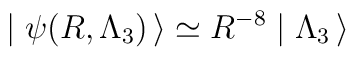
\mid \psi(R, \Lambda_3)\, \rangle  \simeq  R^{-8} \mid\Lambda_3\, \rangle